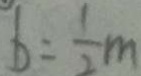
b = \frac { 1 } { 2 } m